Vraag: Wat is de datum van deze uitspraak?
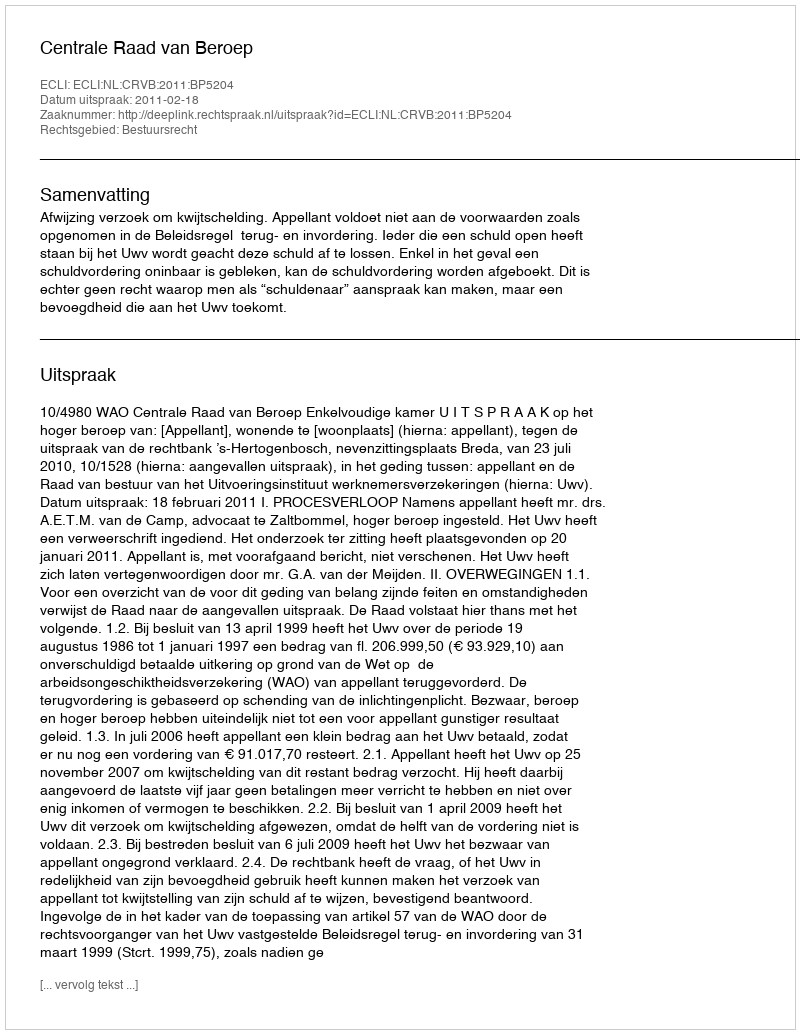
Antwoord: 2011-02-18